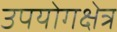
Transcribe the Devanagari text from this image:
उपयोगक्षेत्र